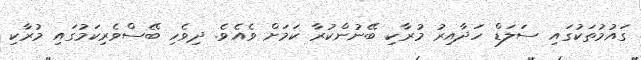
ގައުމުތަކުގައި ސަލަޑް ހަދާއިރު މުރާކި ބޭނުންކުރާ ކަމަށް ވެއެވެ. ދިވެހި ބޭސްވެރިކަމުގައި މުރާކި